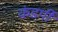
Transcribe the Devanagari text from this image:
कंडर्पी